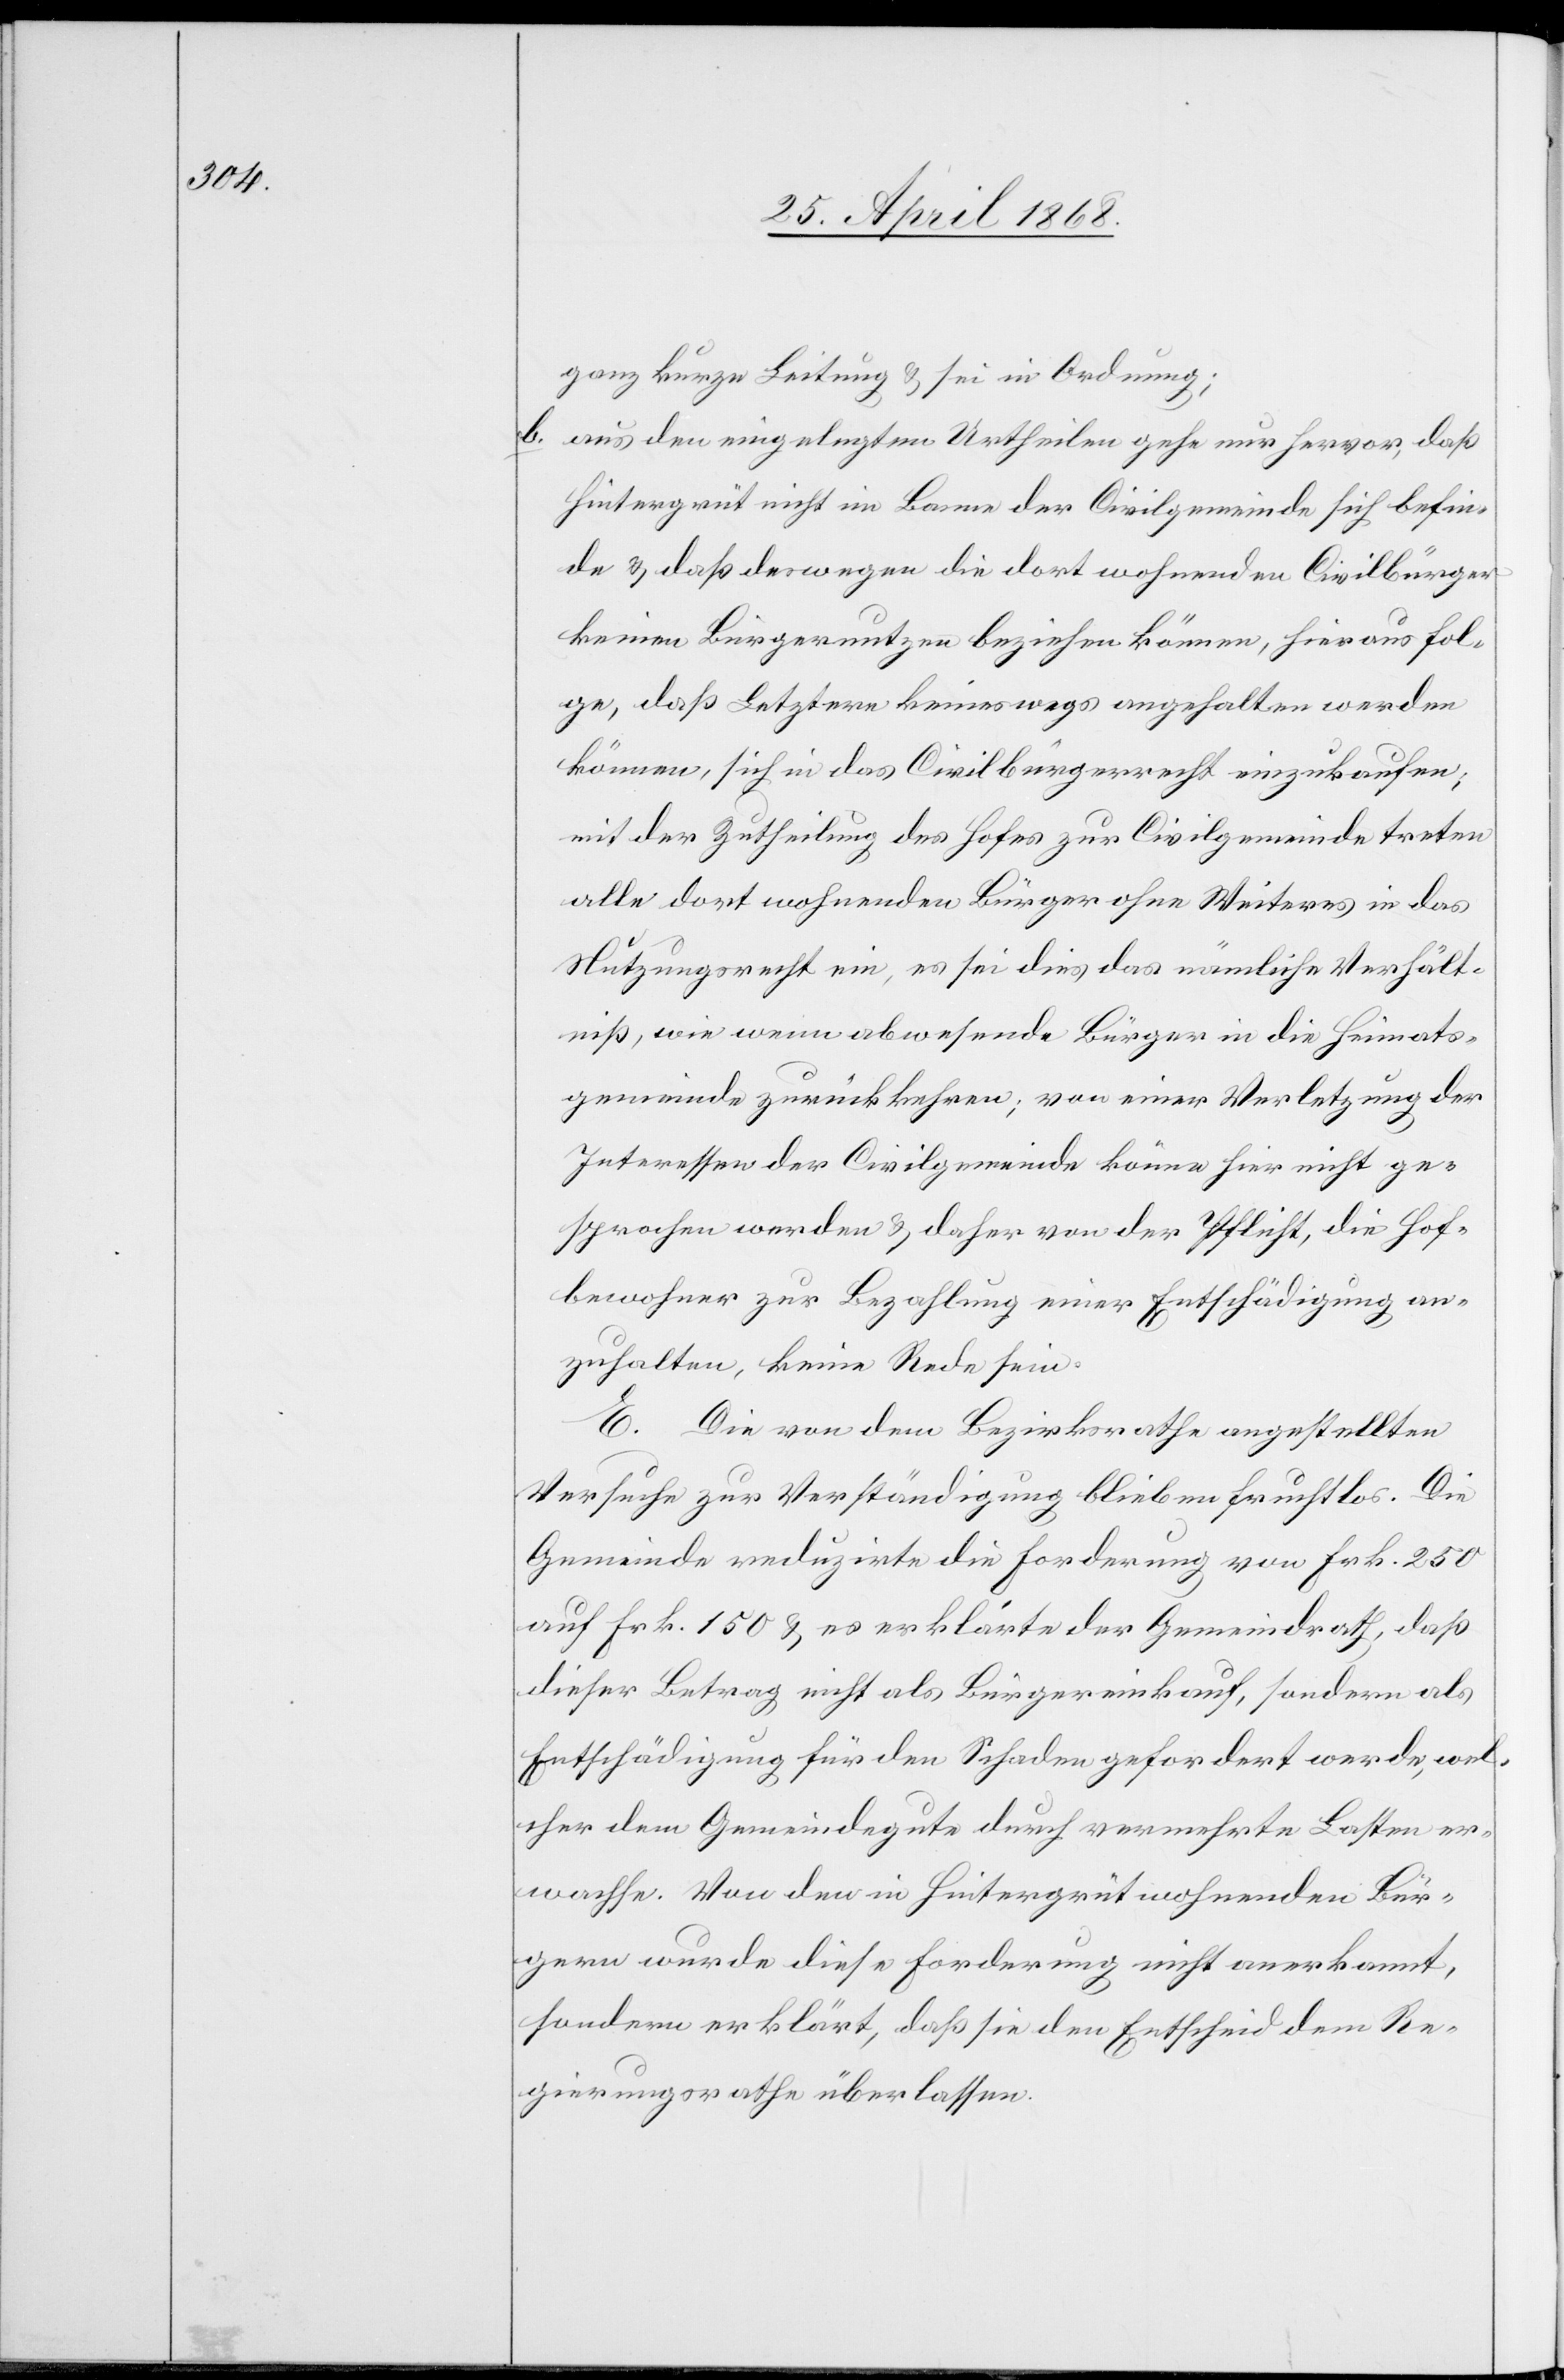
ganz kurze Leitung & sei in Ordnung;
aus den eingelegten Urtheilen gehe nur hervor, daß
Hintergrüt nicht im Banne der Civilgemeinde sich befin¬
de & daß deswegen die dort wohnenden Civilbürger
keinen Bürgernutzen beziehen können, hieraus fol¬
ge, daß Letztere keineswegs angehalten werden
können, sich in das Civilbürgerrecht einzukaufen;
mit der Zutheilung des Hofes zur Civilgemeinde treten
alle dort wohnenden Bürger ohne Weiteres in das
Nutzungsrecht ein, es sei dies das nämliche Verhält¬
niß, wie wenn abwesende Bürger in die Heimats¬
gemeinde zurückkehren; von einer Verletzung der
Interessen der Civilgemeinde könne hier nicht ge¬
sprochen werden & daher von der Pflicht, die Hof¬
bewohner zur Bezahlung einer Entschädigung an¬
zuhalten, keine Rede sein.
E. Die von dem Bezirksrathe angestellten
Versuche zur Verständigung blieben fruchtlos. Die
Gemeinde reduzirte die Forderung von Frk. 250
auf Frk. 150 & es erklärte der Gemeindrath, daß
dieser Betrag nicht als Bürgereinkauf, sondern als
Entschädigung für den Schaden gefordert werde, wel¬
cher dem Gemeindegute durch vermehrte Lasten er¬
wachse. Von den in Hintergrüt wohnenden Bür¬
gern wurde diese Forderung nicht anerkannt,
sondern erklärt, daß sie den Entscheid dem Re¬
gierungsrathe überlassen.